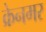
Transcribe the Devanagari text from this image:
क्रेनमर